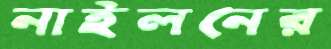
নাইলনের